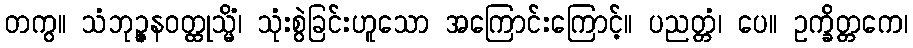
တကွ။ သံဘုဉ္ဇနဝတ္ထုသ္မိံ၊ သုံးစွဲခြင်းဟူသော အကြောင်းကြောင့်။ ပညတ္တံ၊ ပေ။ ဥက္ခိတ္တကေ၊